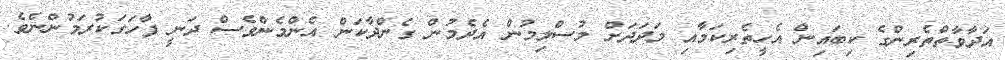
އަދާވާތްތެރިންގެ ކިބައިން އެހީތެރިކަމާއި މަދަދަށް މުސްލިމުން އެދެމުން ގެންދާކަން އެންމެންވެސް ދަނީ ފާހަގަކުރަމުންނެވެ.